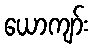
ယောကျာ်း